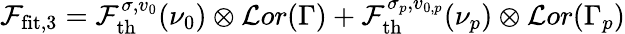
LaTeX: \mathcal{F}_{\mathrm{fit},3}=\mathcal{F}_{\mathrm{th}}^{\sigma,v_{0}}(\nu_{0})\otimes\mathcal{L}or(\Gamma)+\mathcal{F}_{\mathrm{th}}^{\sigma_{p},v_{0,p}}(\nu_{p})\otimes\mathcal{L}or(\Gamma_{p})